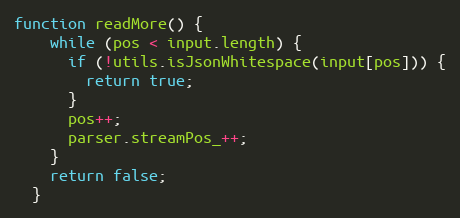
Language: JavaScript
function readMore() {
    while (pos < input.length) {
      if (!utils.isJsonWhitespace(input[pos])) {
        return true;
      }
      pos++;
      parser.streamPos_++;
    }
    return false;
  }